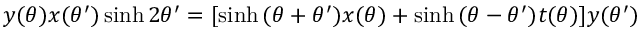
y ( \theta ) x ( \theta ^ { \prime } ) \sinh 2 \theta ^ { \prime } = [ \sinh { ( \theta + \theta ^ { \prime } ) } x ( \theta ) + \sinh { ( \theta - \theta ^ { \prime } ) } t ( \theta ) ] y ( \theta ^ { \prime } )